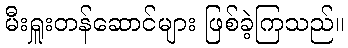
မီးရှူးတန်ဆောင်များ ဖြစ်ခဲ့ကြသည်။